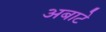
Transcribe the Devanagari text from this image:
अबाटे